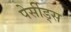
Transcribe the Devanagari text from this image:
पेर्सीड्स